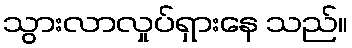
သွားလာလှုပ်ရှားနေ သည်။